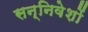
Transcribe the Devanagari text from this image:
सन्निवेशों